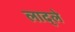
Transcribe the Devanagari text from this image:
लाद्ले